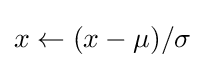
x\leftarrow (x-\mu )/\sigma